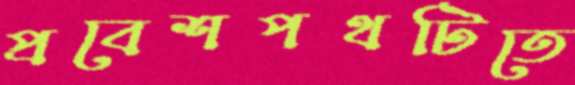
প্রবেশপথটিতে